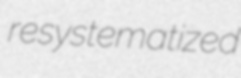
resystematized